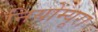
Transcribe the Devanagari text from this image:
नियोम्यूरा